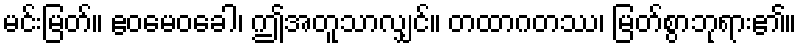
မင်းမြတ်။ ဧဝမေဝခေါ၊ ဤအတူသာလျှင်။ တထာဂတဿ၊ မြတ်စွာဘုရား၏။